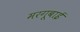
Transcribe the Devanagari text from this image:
मरगूबाई